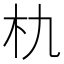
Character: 朹